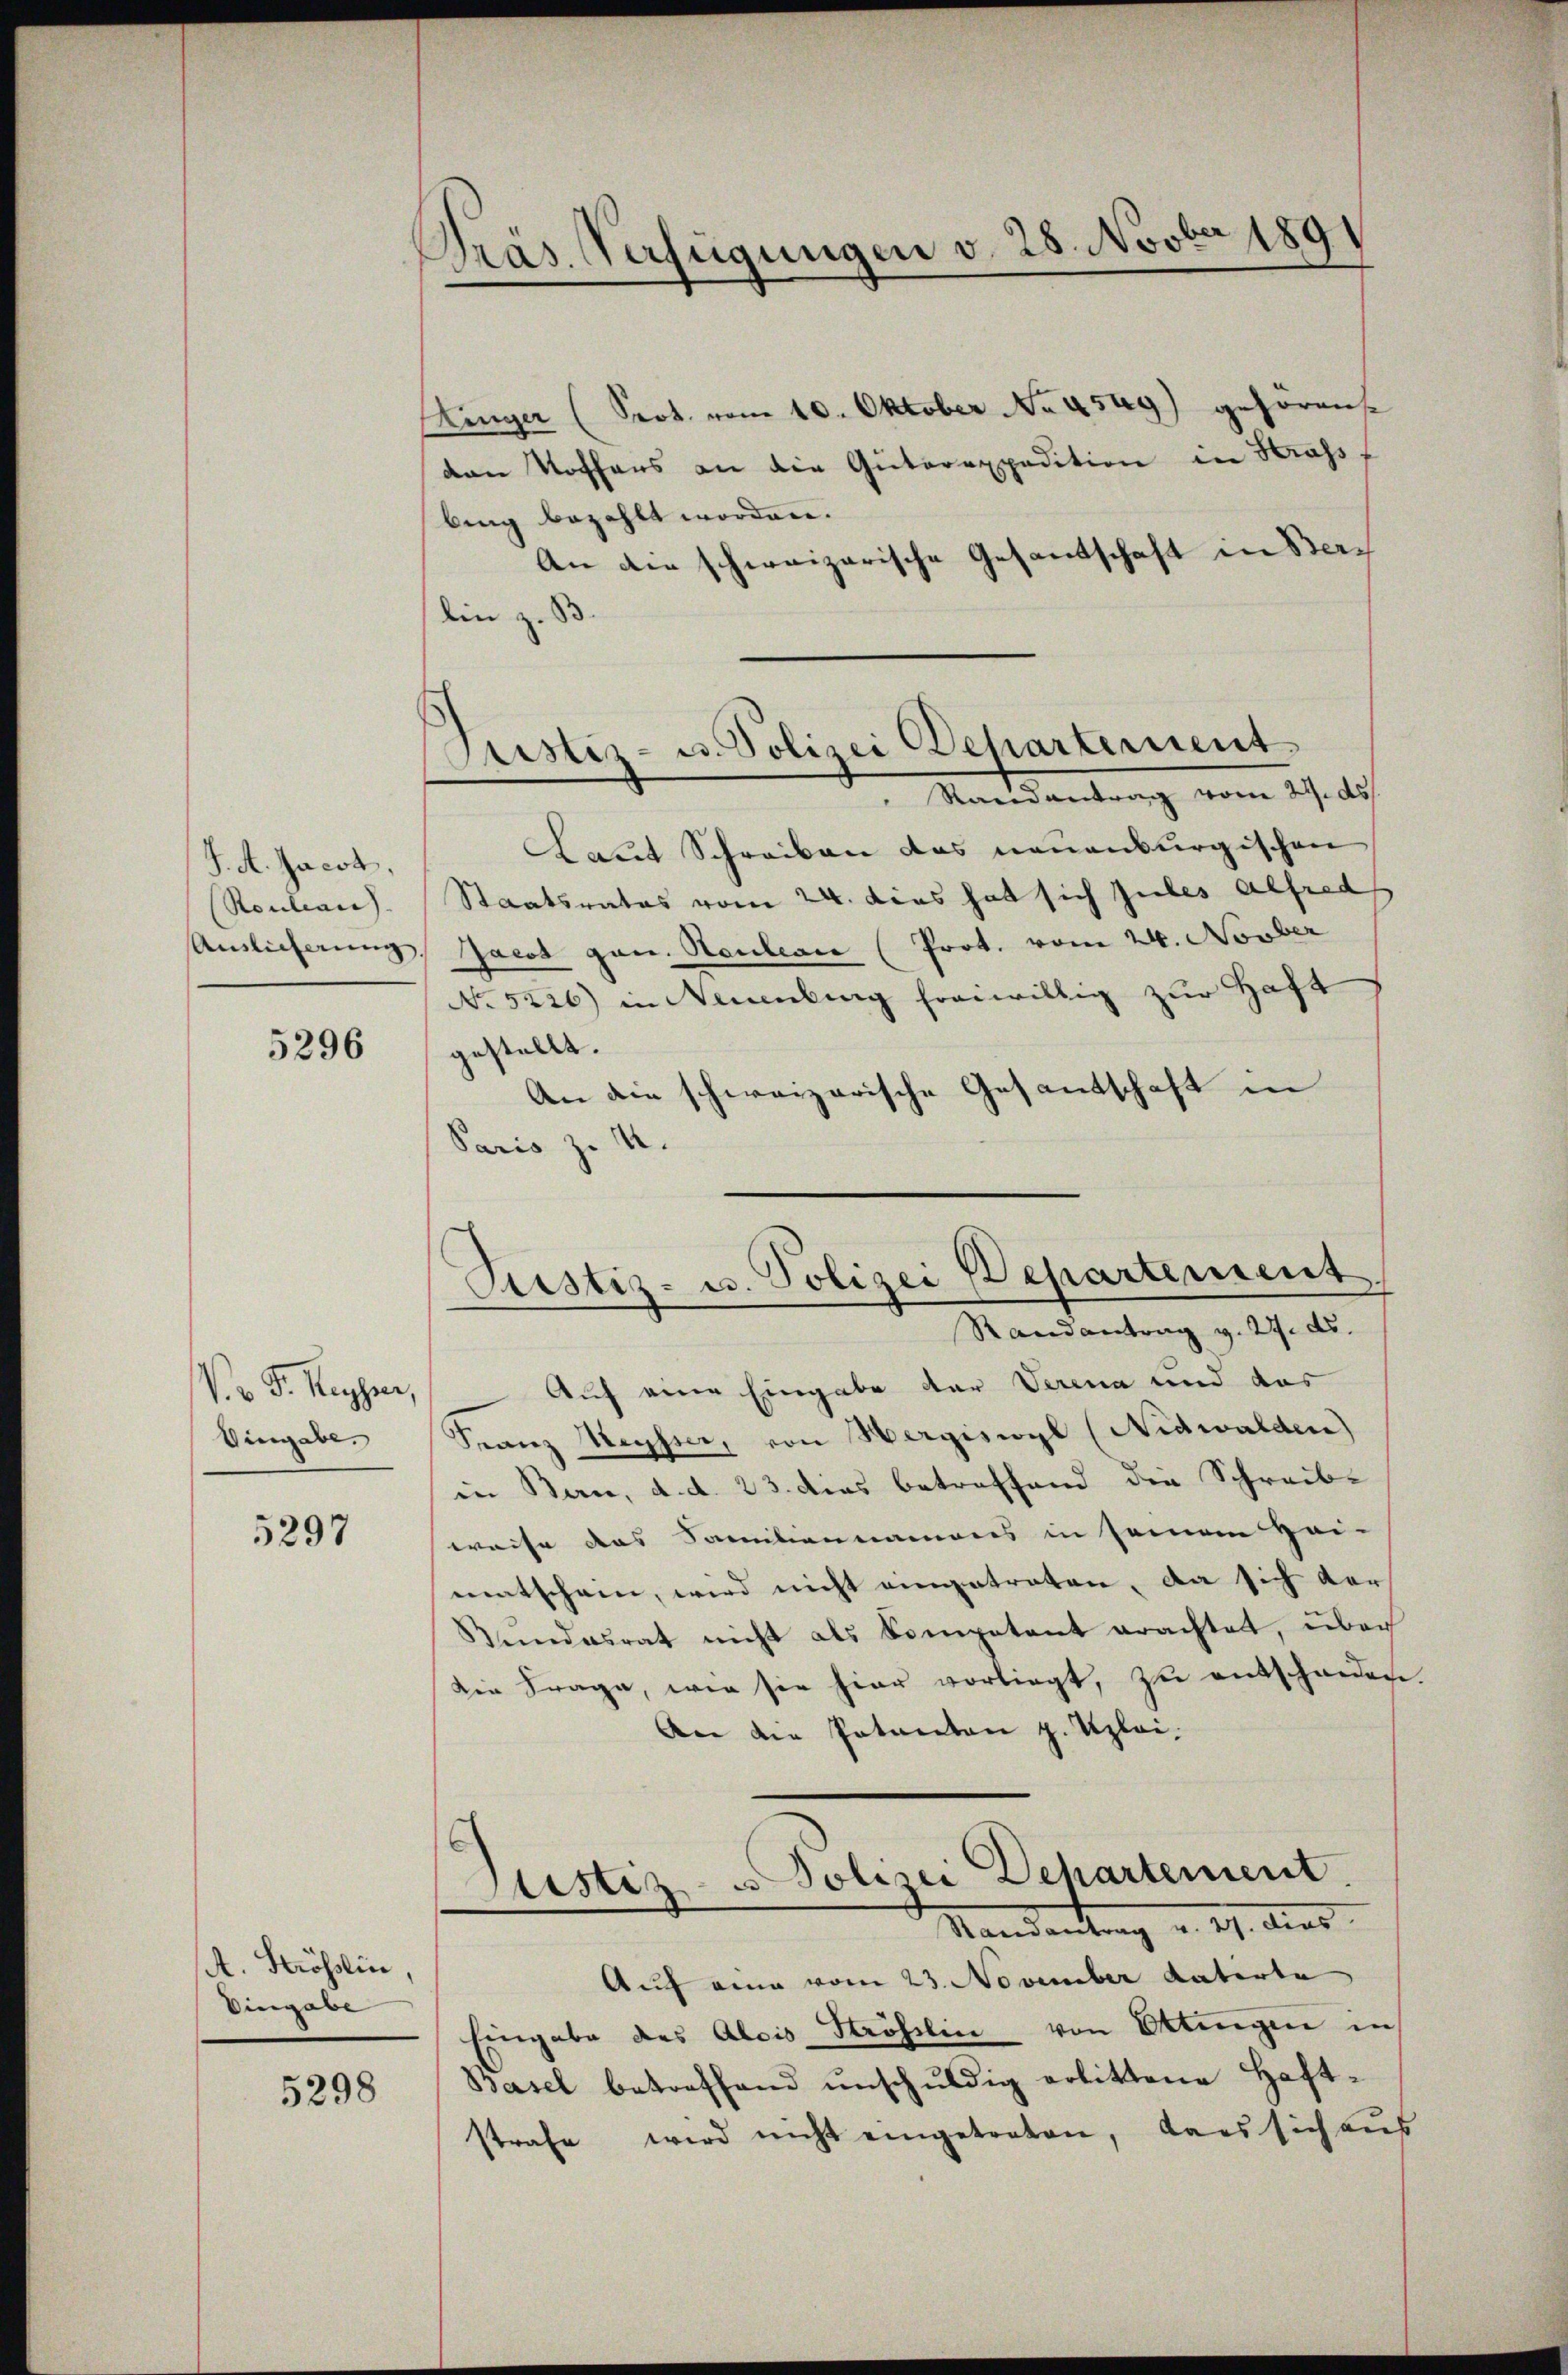
J. A. Jacob,
(Roulian |
Auslieferung

5296

V.r. F. Kayser.
Vingabe.

5297

A. Strösslin,
Eingabe

5298

Präs. Verfügungen v. 28. Novber 1891

ustiz- u. Polizei Departement.

Kinger (Sept. vom 10. Oktober No 4549) gehörens.
von Nothans an die Güterexpedition in Strass f
bing bezahlt worden.
An die schweizerische Gesandschaft in Bern
lin z. B.
Mandantrag vom 21. des
Laut Schreiben das neuenburgischen
Staatsrates vom 24. dies hat sich zules Alfred
Jacot gan. Heulian (Prot. vom 24. Novber
No 5226) in Neuenburg freiwillig zur Haft
gestellt.
An die schweizerische Gesantschaft in
Paris zu 4.

Justiz- u. Polizei Departement

Randantrag v. 27. ds.
Auf eine Eingabe der Verena und das
Franz Meyer, von Hergiswyl (Nidwalden)
in Bern, d. d. 23. dies betreffend die Schreibe
weise das Samiliennamens in seinem Hei-
matschein, wird nicht eingetreten, da sich der
Bundesrat nicht als Kompetent erachtet, über
Die Frage, wie sie hier vorliegt, zu entscheiden
An die Patenten z. Uzlai.
Justiz - Polizei Departement
Mandantung v. 27. dies
Auf eine vom 23. November datirte
Eingabe des Alois Ströhlin von Ottingen in
Basel betreffend ŭnschŭldig erlittene Haft-
strafe wird nicht eingetreten, dass sich aŭs